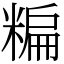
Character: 糄